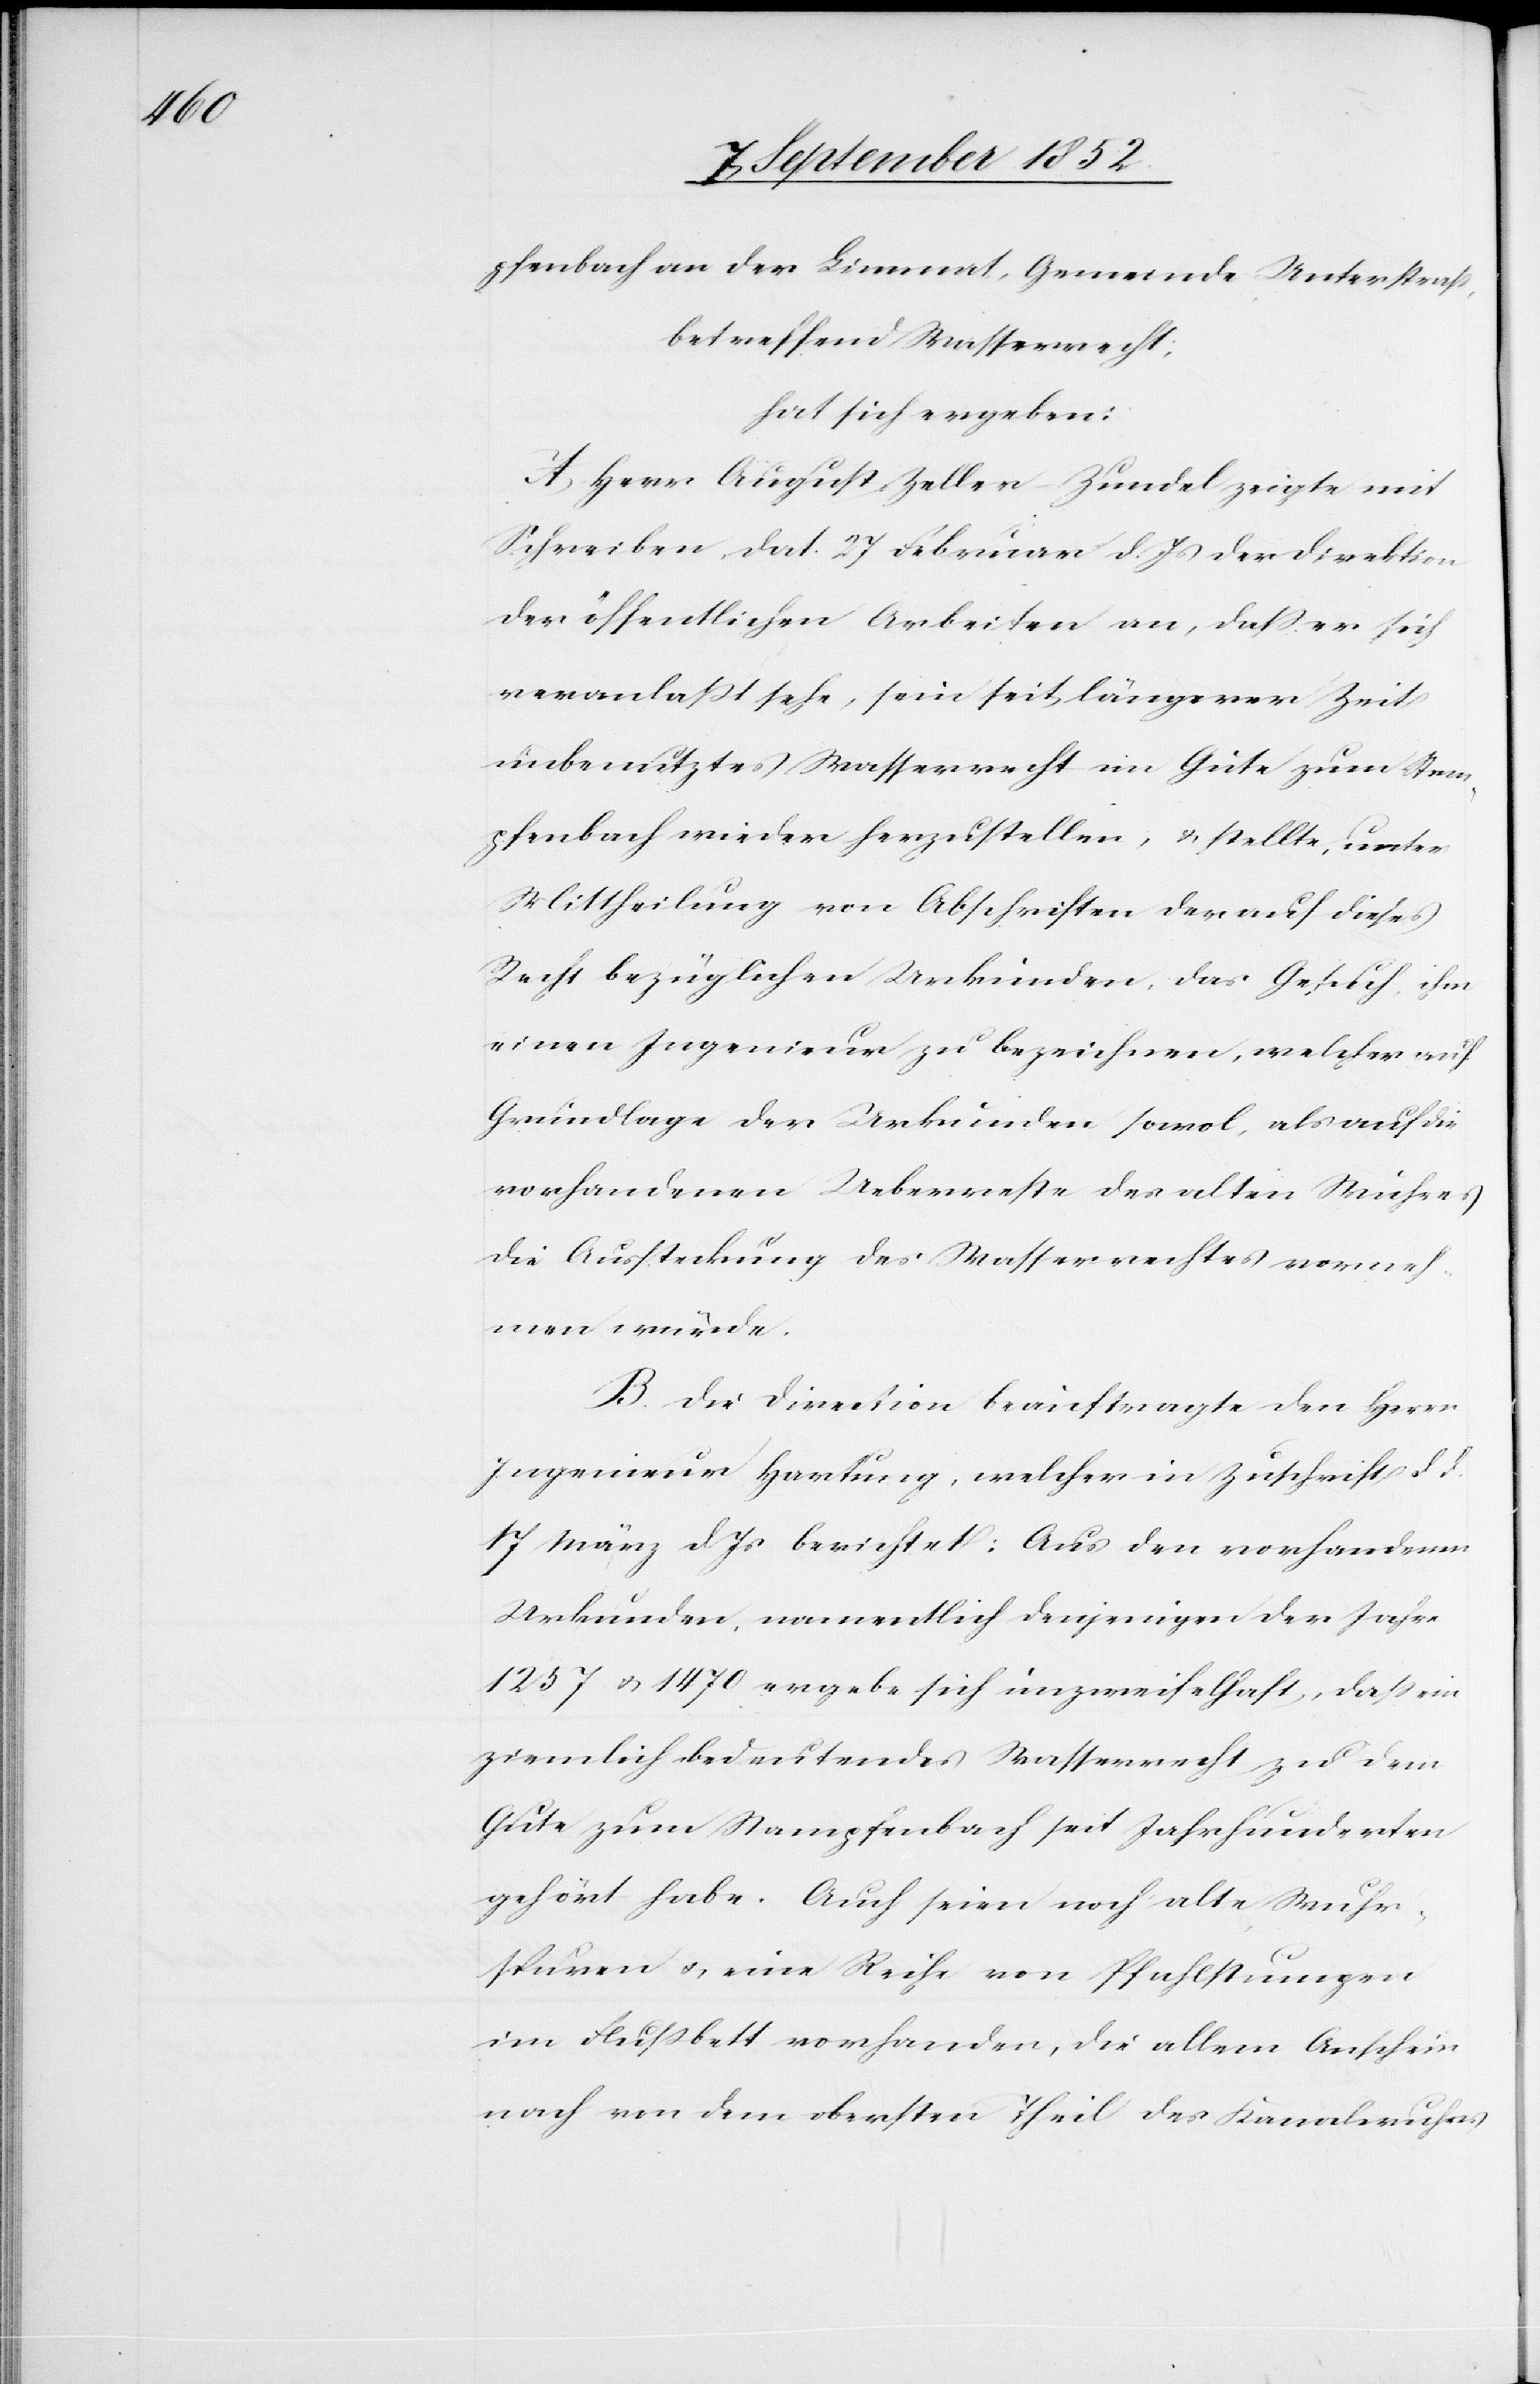
pfenbach an der Limmat, Gemeinde Unterstraß,
betreffend Wasserrecht;
hat sich ergeben:
A, Herr August Zeller-Zundel zeigte mit
Schreiben dat. 27 Februar d. Js der Direktion
der öffentlichen Arbeiten an, dass er sich
veranlaßt sehe, sein seit längerer Zeit
unbenutztes Wasserrecht im Gute zum Stam¬
pfenbach wieder herzustellen, & stellte, unter
Mittheilung von Abschriften der auf dieses
Recht bezüglichen Urkunden, das Gesuch, ihm
einen Ingenieur zu bezeichnen, welcher auf
Grundlage der Urkunden sowol, als auf die
vorhandenen Ueberreste des alten Wuhres
die Aussteckung des Wasserrechtes vorneh¬
men würde.
B. Die Direction beauftragte den Herr
Ingenieur Hartung, welcher in Zuschrift d
17 März d. Js berichtet: Aus den vorhandenen
Urkunden, namentlich denjenigen der Jahre
1257 & 1470 ergebe sich unzweifelhaft, dass ein
ziemlich bedeutendes Wasserrecht zu dem
Gute zum Stampfenbach seit Jahrhunderten
gehört habe. Auch seien noch alte Wuhr¬
spuren & eine Reihe von Pfahlstumpen
im Flußbett vorhanden, die allem Anschein
nach von dem obersten Theil des Kanalwuhrs